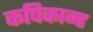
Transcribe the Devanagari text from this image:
कपिकान्ह